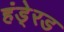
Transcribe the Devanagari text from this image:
हंडे्रड